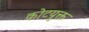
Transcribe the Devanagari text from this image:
कोटयुक्त